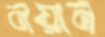
নয়ান